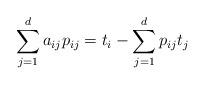
LaTeX: \begin{align*} \sum_{j=1}^d a_{ij} p_{ij} = t_i - \sum_{j=1}^d p_{ij} t_j \end{align*}